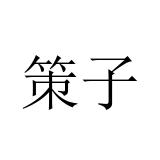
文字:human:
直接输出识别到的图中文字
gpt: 策子